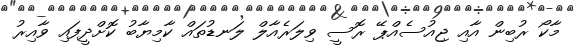
މާކޯ ރުބިން އާއި ޖިއުސެއްޕޭ ރޮސީ ވިލަރެއާލް ލަނޑުތައް ކާމިޔާބު ކޮށްދީފައި ވާއިރު